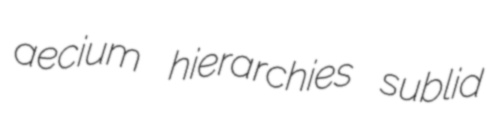
aecium hierarchies sublid